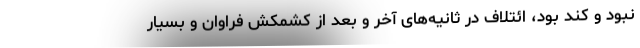
نبود و کند بود، ائتلاف در ثانیه‌های آخر و بعد از کشمکش فراوان و بسیار